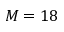
M = 1 8